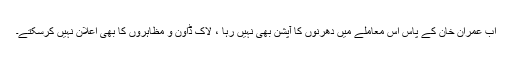
اب عمران خان کے پاس اس معاملے میں دھرنوں کا آپشن بھی نہیں رہا ، لاک ڈاون و مظاہروں کا بھی اعلان نہیں کرسکتے۔